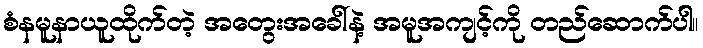
စံနမူနာယူထိုက်တဲ့ အတွေးအခေါ်နဲ့ အမူအကျင့်ကို တည်ဆောက်ပါ။